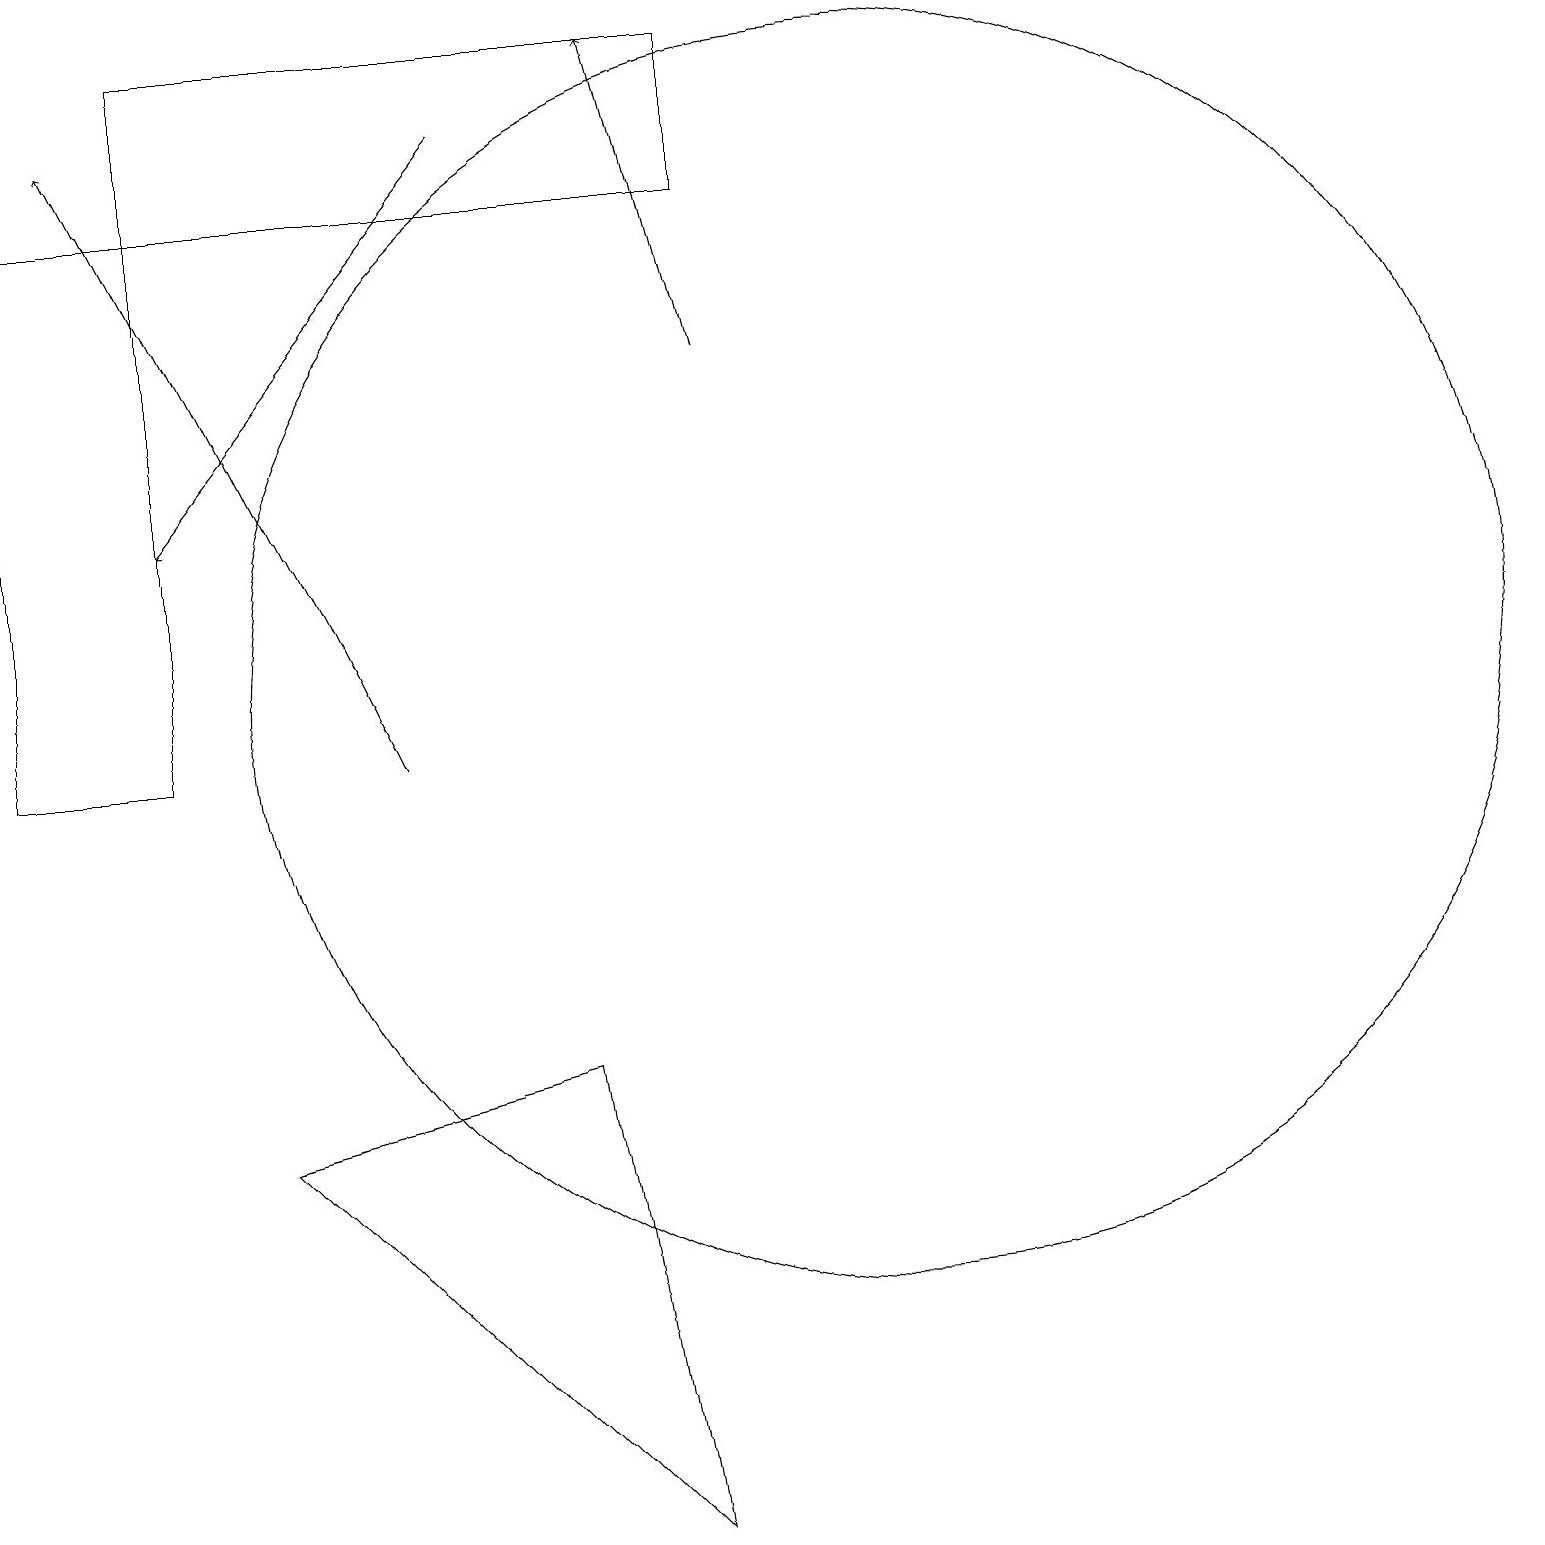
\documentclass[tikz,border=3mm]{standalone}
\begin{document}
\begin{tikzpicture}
\draw[->] (5,10) -- (1,18);
\draw[->] (6,18) -- (2,13);
\draw (8,0) -- (7,6) -- (3,5) -- cycle;
\draw (2,17) rectangle (0,10);
\draw (9,19) rectangle (2,17);
\draw (11,11) circle (8);
\draw[->] (9,15) -- (8,19);
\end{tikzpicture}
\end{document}